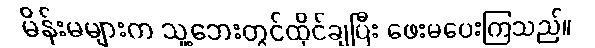
မိန်းမများက သူ့ဘေးတွင်ထိုင်ချပြီး ဖေးမပေးကြသည်။